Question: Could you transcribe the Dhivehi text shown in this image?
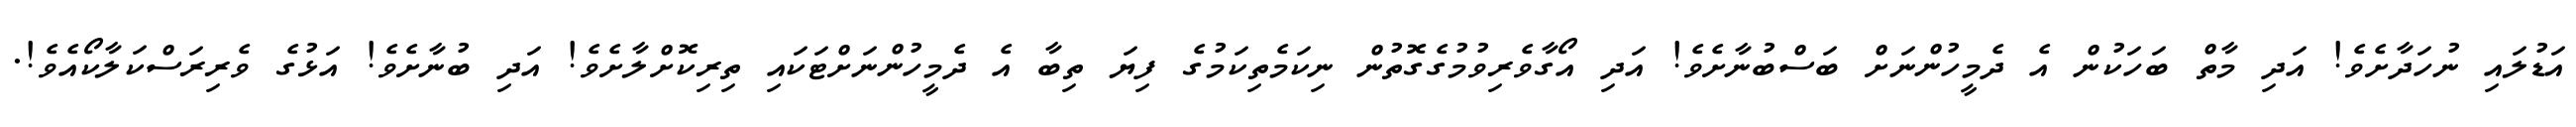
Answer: އަޑުލައި ނުހަދާށެވެ! އަދި މާތް ބަހަކުން އެ ދެމީހުންނަށް ބަސްބުނާށެވެ! އަދި އޯގާވެރިވުމުގެގޮތުން ނިކަމެތިކަމުގެ ފިޔަ ތިބާ އެ ދެމީހުންނަށްޓަކައި ތިރިކޮށްލާށެވެ! އަދި ބުނާށެވެ! އަޅުގެ ވެރިރަސްކަލާކޯއެވެ!.